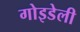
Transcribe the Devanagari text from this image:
गोइडेली